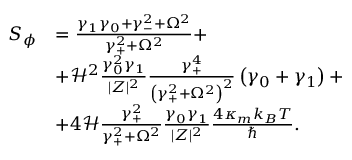
\begin{array} { r l } { S _ { \phi } } & { = \frac { \gamma _ { 1 } \gamma _ { 0 } + \gamma _ { - } ^ { 2 } + \Omega ^ { 2 } } { \gamma _ { + } ^ { 2 } + \Omega ^ { 2 } } + } \\ & { + \mathcal { H } ^ { 2 } \frac { \gamma _ { 0 } ^ { 2 } \gamma _ { 1 } } { | Z | ^ { 2 } } \frac { \gamma _ { + } ^ { 4 } } { \left( \gamma _ { + } ^ { 2 } + \Omega ^ { 2 } \right) ^ { 2 } } \left( \gamma _ { 0 } + \gamma _ { 1 } \right) + } \\ & { + 4 \mathcal { H } \frac { \gamma _ { + } ^ { 2 } } { \gamma _ { + } ^ { 2 } + \Omega ^ { 2 } } \frac { \gamma _ { 0 } \gamma _ { 1 } } { | Z | ^ { 2 } } \frac { 4 \kappa _ { m } k _ { B } T } { \hbar } . } \end{array}